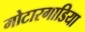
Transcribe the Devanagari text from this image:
मोटारगाडिया